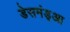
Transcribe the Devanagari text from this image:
डेसमंड्आ